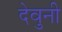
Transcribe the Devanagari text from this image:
देवुनी